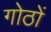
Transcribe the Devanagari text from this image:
गोठों